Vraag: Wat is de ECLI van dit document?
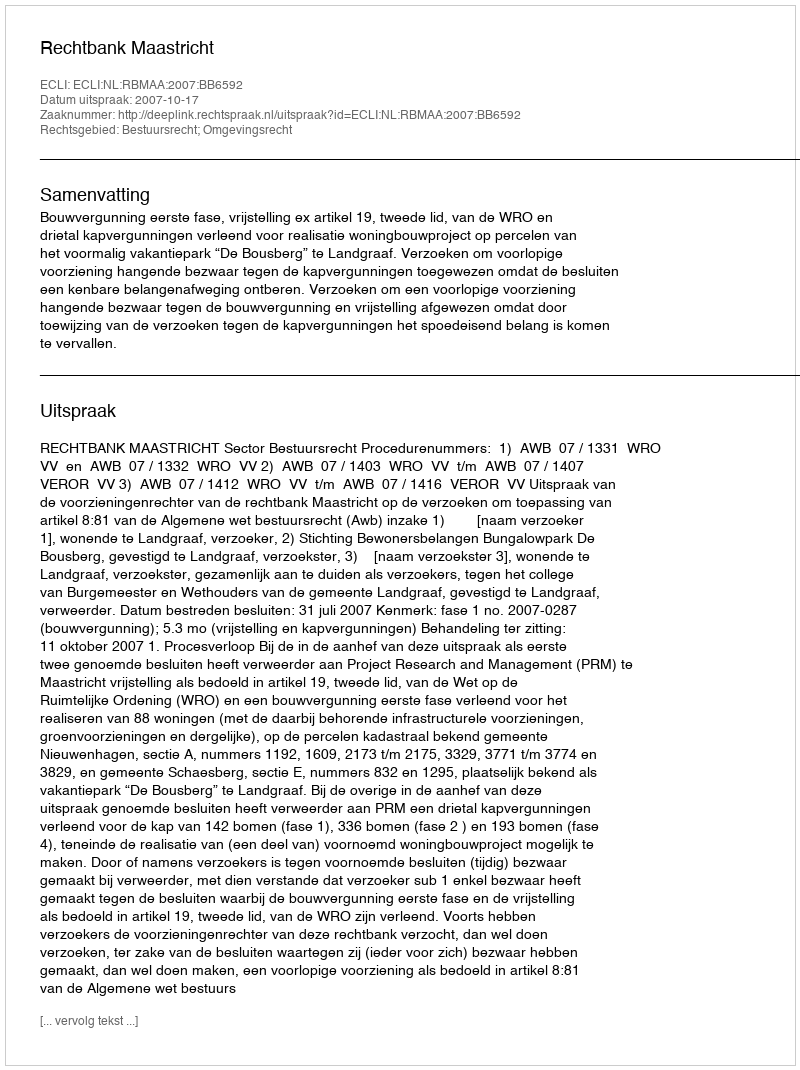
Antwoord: ECLI:NL:RBMAA:2007:BB6592